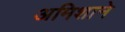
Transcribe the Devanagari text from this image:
अमिशाने